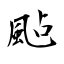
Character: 颭